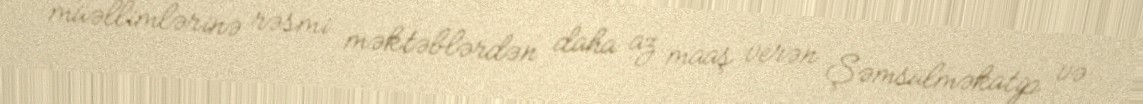
müəllimlərinə rəsmi məktəblərdən daha az maaş verən Şəmsülməkatip və